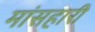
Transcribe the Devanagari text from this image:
मांसहारी